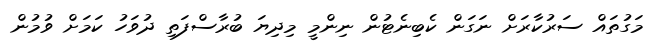
މަގުތައް ސަރުކާރަށް ނަގަން ކެބިނެޓުން ނިންމީ މިދިޔަ ބުރާސްފަތި ދުވަހު ކަމަށް ވުމުން